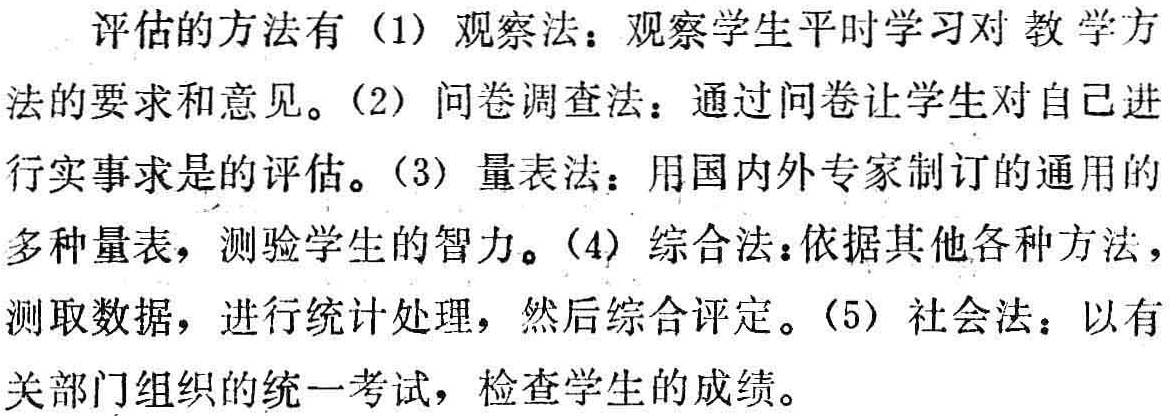
评估的方法有（1）观察法：观察学生平时学习对教学方法的要求和意见。（2）问卷调查法：通过问卷让学生对自己进行实事求是的评估。（3）量表法：用国内外专家制订的通用的多种量表，测验学生的智力。（4）综合法：依据其他各种方法，测取数据，进行统计处理，然后综合评定。（5）社会法：以有关部门组织的统一考试，检查学生的成绩。